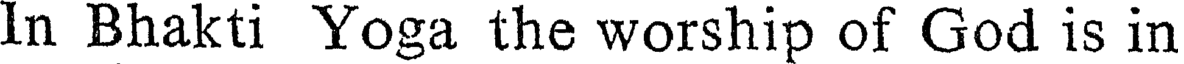
In Bhakti Yoga the worship of God is in